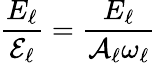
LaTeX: \frac{E_{\ell}}{\mathcal{E}_{\ell}}=\frac{E_{\ell}}{\mathcal{A}_{\ell}\omega_{\ell}}